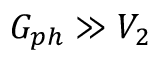
G _ { p h } \gg V _ { 2 }